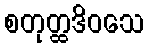
စတုတ္ထဒိဝသေ